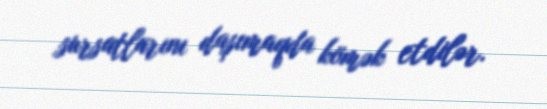
sursatlarını daşımaqda kömək etdilər.